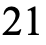
21